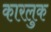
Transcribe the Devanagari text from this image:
कारलुक